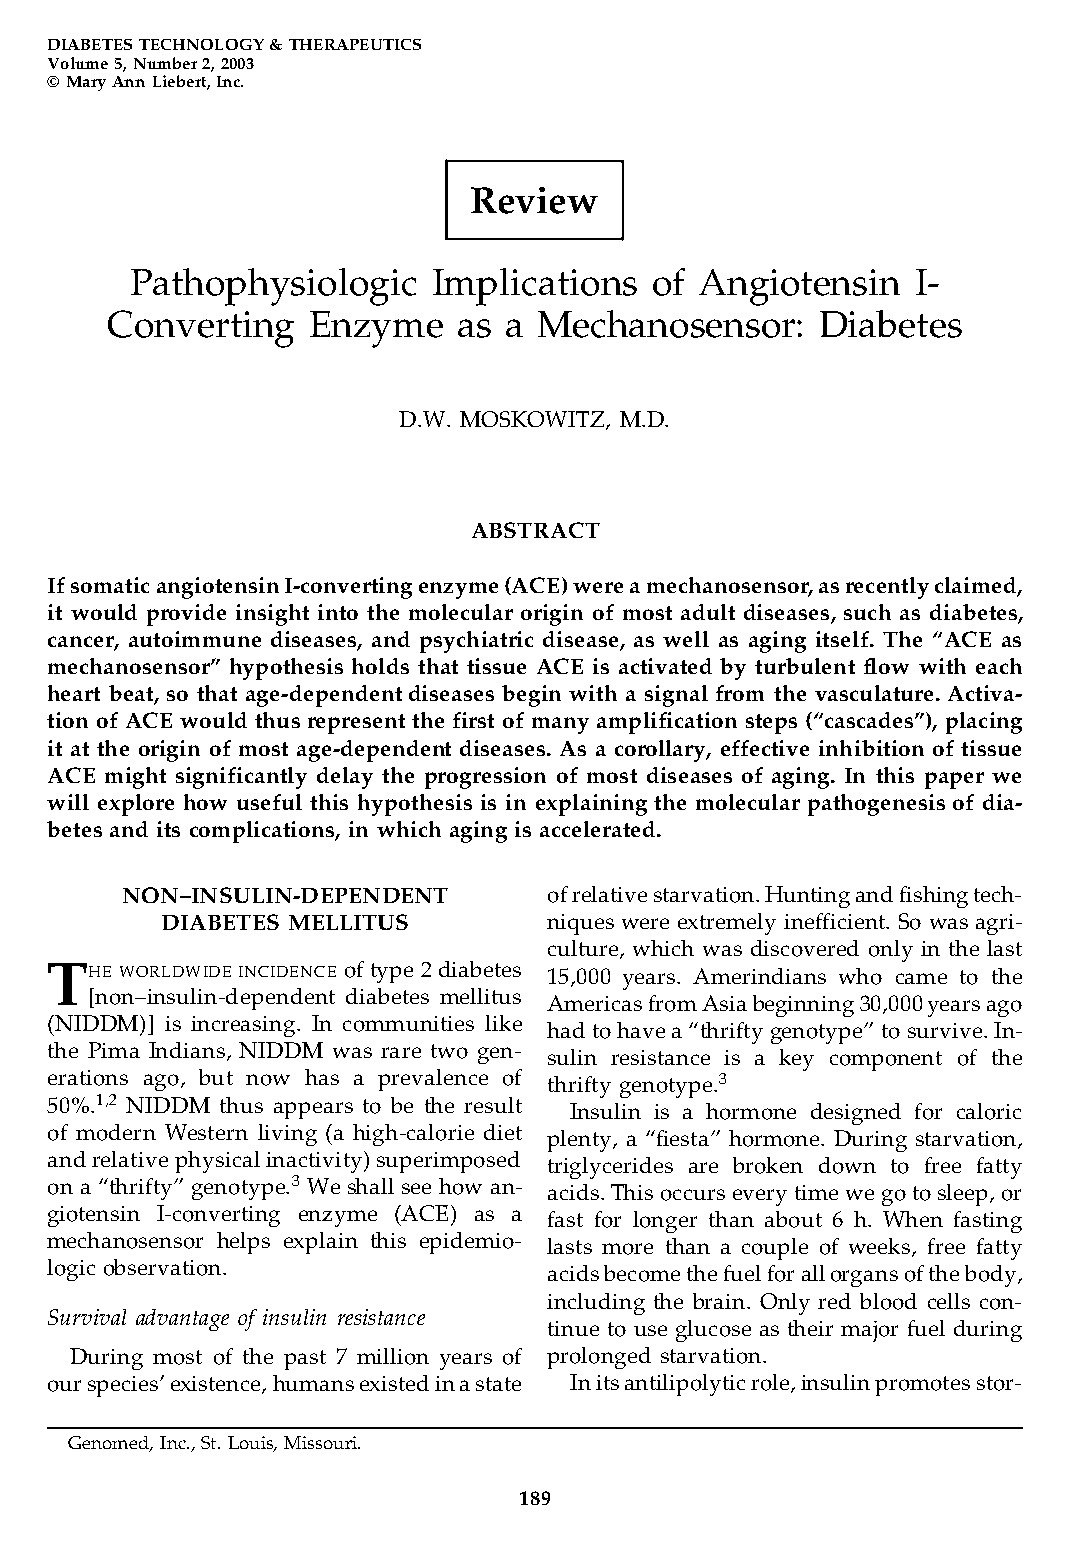
DIABETES TECHNOLOGY & THERAPEUTICS
 Volume 5, Number 2, 2003
 © Mary Ann Liebert, Inc.
 Review
 Pathophysiologic    Implications  of Angiotensin    I-
 Converting   Enzyme    as a  Mechanosensor:    Diabetes
 D.W. MOSKOWITZ, M.D.
 ABSTRACT
 If somatic angiotensin I-converting enzyme (ACE) were a mechanosensor, as recently claimed,
 it would provide insight into the molecular origin of most adult diseases, such as diabetes,
 cancer, autoimmune diseases, and psychiatric disease, as well as aging itself. The “ACE as
 mechanosensor” hypothesis holds that tissue ACE is activated by turbulent flow with each
 heart beat, so that age-dependent diseases begin with a signal from the vasculature. Activa-
 tion of ACE would thus represent the first of many amplification steps (“cascades”), placing
 it at the origin of most age-dependent diseases. As a corollary, effective inhibition of tissue
 ACE might significantly delay the progression of most diseases of aging. In this paper we
 will explore how useful this hypothesis is in explaining the molecular pathogenesis of dia-
 betes and its complications, in which aging is accelerated.
 NON–INSULIN-DEPENDENT       of relative starvation. Hunting and fishing tech-
 DIABETES MELLITUS        niques were extremely inefficient. So was agri-
 culture, which was discovered only in the last
 T  HE WORLDWIDE INCIDENCE of type 2 diabetes 15,000 years. Amerindians who came to the
 [non–insulin-dependent diabetes mellitus
 Americas from Asia beginning 30,000 years ago
 (NIDDM)] is increasing. In communities like
 had to have a “thrifty genotype” to survive. In-
 the Pima Indians, NIDDM was rare two gen-
 sulin resistance is a key component of the
 erations ago, but now has a prevalence of thrifty genotype.3
 50%.1,2 NIDDM thus appears to be the result Insulin is a hormone designed for caloric
 of modern Western living (a high-calorie diet
 plenty, a “fiesta” hormone. During starvation,
 and relative physical inactivity) superimposed
 triglycerides are broken down to free fatty
 on a “thrifty” genotype.3 We shall see how an-
 acids. This occurs every time we go to sleep, or
 giotensin I-converting enzyme (ACE) as a
 fast for longer than about 6 h. When fasting
 mechanosensor helps explain this epidemio-
 lasts more than a couple of weeks, free fatty
 logic observation.               acids become the fuel for all organs of the body,
 including the brain. Only red blood cells con-
 Survival advantage of insulin resistance
 tinue to use glucose as their major fuel during
 During most of the past 7 million years of prolonged starvation.
 our species’ existence, humans existed in a state In its antilipolytic role, insulin promotes stor-
 Genomed, Inc., St. Louis, Missouri.
 189